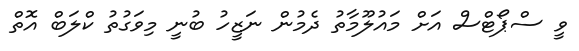
ވީ ސްޕޯޓްސް އަށް މައުލޫމާތު ދެމުން ނަޒީހު ބުނީ މިވަގުތު ކްލަބް އޮތް